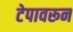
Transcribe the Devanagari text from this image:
टेपावरून